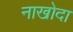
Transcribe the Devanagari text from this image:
नाखोदा